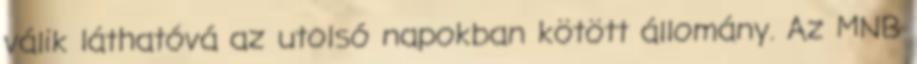
válik láthatóvá az utolsó napokban kötött állomány. Az MNB